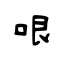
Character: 哏